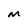
Character: M